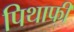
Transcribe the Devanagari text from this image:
पिथाफी